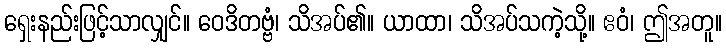
ရှေးနည်းဖြင့်သာလျှင်။ ဝေဒိတဗ္ဗံ၊ သိအပ်၏။ ယာထာ၊ သိအပ်သကဲ့သို့။ ဧဝံ၊ ဤအတူ။